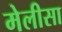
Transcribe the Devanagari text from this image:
मेलीसा